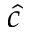
\hat { c }